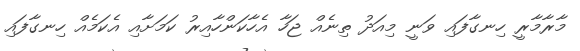
މާރާމާރީ ހިނގާފައި ވަނީ މިއަދު ތިނެއް ޖަހާ އެހާކަންހާއިރު ކަމަށާއި އެކަމެއް ހިނގާފައި